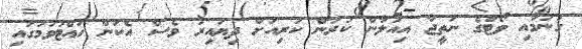
ގުނުމާއި ވޯޓްގެ ނަތީޖާ އިއުލާން ކުރުން ކުރިއަށް ދިޔައިރު ވެސް އެކަން ހުއްޓުވުމުގައި